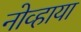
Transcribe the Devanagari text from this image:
नोव्हाया